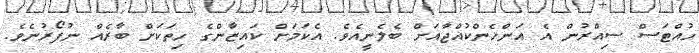
ހުއްޓަސް ސިއްރުން އެ އަންހެންކުއްޖާއަށް ބެލެނީއެވެ. އެކަމަށް ކައިޒާންގެ ހިތަކަށް ބާރެއް ނުފޯރުނެވެ.